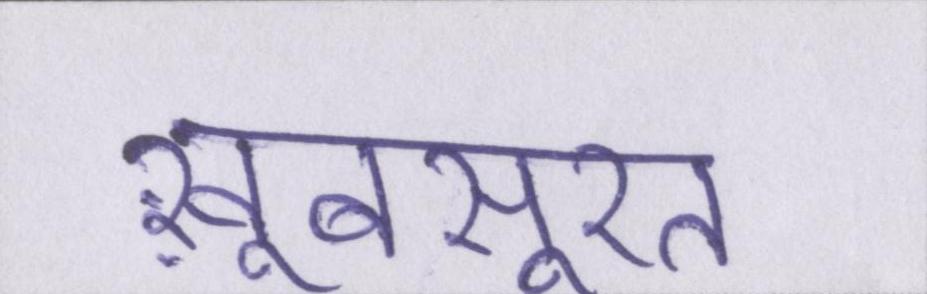
ख़ूबसूरत